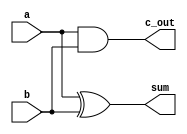
`timescale 1ns / 1ps
//////////////////////////////////////////////////////////////////////////////////
// Company: 
// Engineer: 
// 
// Design Name: 
// Module Name:    Half_adder 
// Project Name: 
// Target Devices: 
// Tool versions: 
// Description: 
//
// Dependencies: 
//
// Revision: 
// Revision 0.01 - File Created
// Additional Comments: 
//
//////////////////////////////////////////////////////////////////////////////////
module Half_adder(
    input a,
    input b,
    output c_out,
    output sum
    );
	 assign sum = a^b;
	 assign c_out = a&b;
endmodule